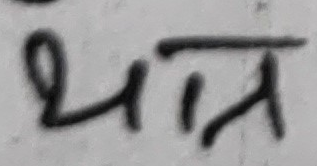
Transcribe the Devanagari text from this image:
धन